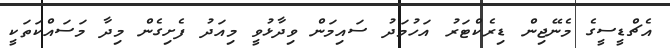
އެޗްޑީސީގެ މެނޭޖިން ޑިރެކްޓަރު އަހުމަދު ސައިމަން ވިދާޅުވީ މިއަދު ފެށިގެން މިދާ މަސައްކަތަކީ